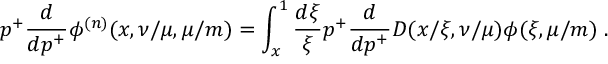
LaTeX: p ^ { + } \frac { d } { d p ^ { + } } \phi ^ { ( n ) } ( x , \nu / \mu , \mu / m ) = \int _ { x } ^ { 1 } \frac { d \xi } { \xi } p ^ { + } \frac { d } { d p ^ { + } } D ( x / \xi , \nu / \mu ) \phi ( \xi , \mu / m ) \; .